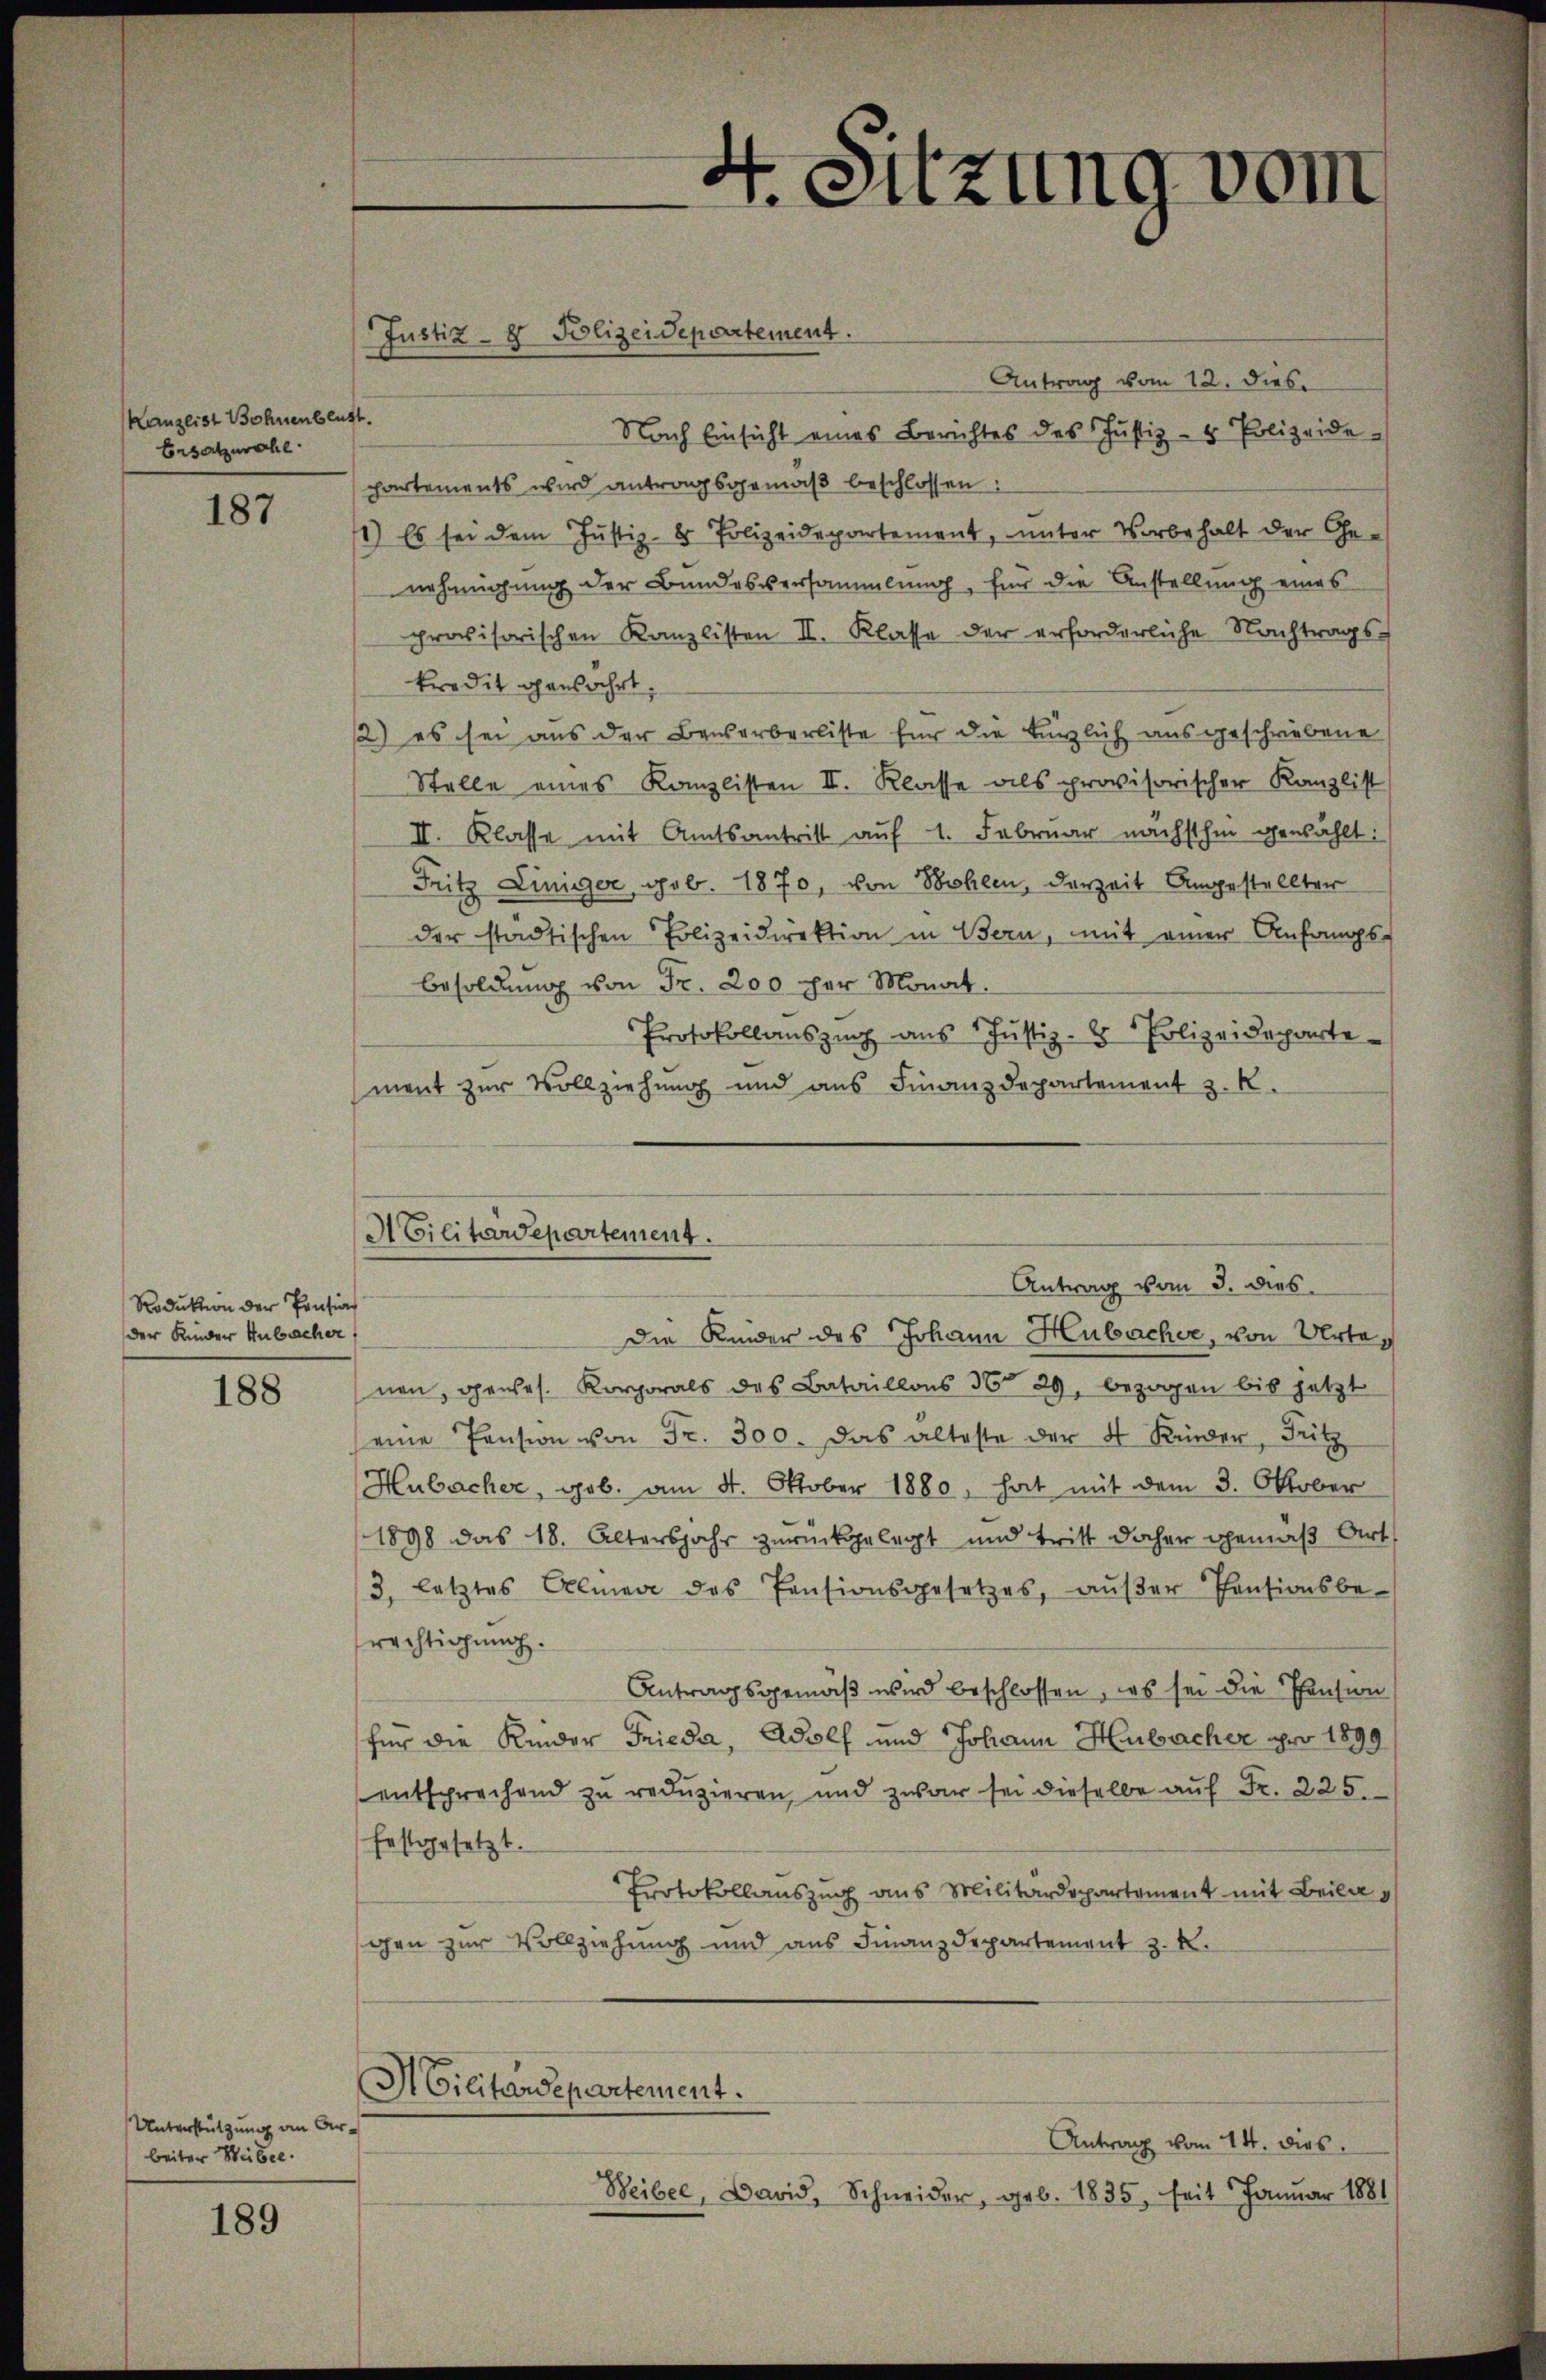
Kanzlist Bohnenblut
Ersatzwahl

187

Reduktion der Pension
der Kinder Anbacher

188

Unterstützung an der
beiter Weibel.

189

Justiz- & Polizeidepartement.

ACilitärdepartement.

Antrag vom 12. dies
¬
Nach Einsicht eines Berichtes des Justiz- & Polizeide-
partements wird antragsgemäß beschlossen:
1.) Es sei dem Justiz- & Polizeidepartement, unter Vorbehalt der Genehmigung der Bundesversammlung, für die Anstellung eines
provisorischen Kanzlisten II. Klasse der erforderliche Nachtrags-
kredit gansahrt
2) es sei aus der Bausarberliste für die kürzlich ausgeschriebene
Stelle eines Kanzlisten II. Klasse als provisorischer Kanzlist
II. Klasse mit Amtsantritt auf 1. Februar nächsthin gewählt:
Fritz Einiger, geb. 1870, von Bohlen, derzeit Angestellter
der städtischen Polizeidirektion in Bern, mit einer Anfangs-
Besoldung von Fr. 200 per Monat.
Protokollaŭszŭg aŭs 1 Justiz- & Polizeideparte
ment zur Vollziehung und aus Finanzdepartement z. K.
Die Kinder des Johann Hubacher, von Urtenen, gewes. Korporals des Bataillons 36 29, bezogen bis jetzt
eine Pension von Fr. 300. Das alteste der 4 Kinder, Fritz
Hubacher, geb. am 4. Oktober 1880, hat mit dem 3. Oktober
1898 das 18. Altersjahr zurückgelegt und tritt daher gemäß Art.
3, letztes Almen des Pensionsgesetzes, aŭβer Pensionsbe-
rächtigung.
Antragsgemäβ wird beschlossen, das sei die Pension
für die Kinder Frieda, Adolf und Johann Hubacher pro 1899.
entsprechend zu reduzieren und zwar sei dieselbe aŭf Fr. 225.
festgesetzt.
Protokollauszug aus Militärdepartement mit Beilag
gen zur Vollziehung und aus Finanzdepartement z. K.
Militärdepartement.
Antrag vom 14. dies
Beibel, David, Schneider, geb. 1835, seit Januar 1881

4. Sitzung vom

Antrag vom 3. dies